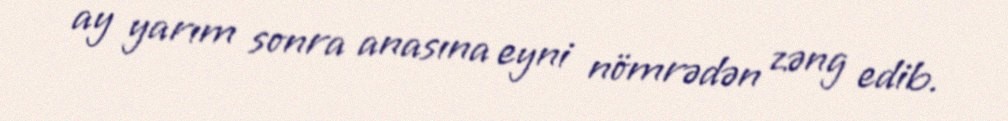
ay yarım sonra anasına eyni nömrədən zəng edib.